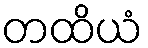
တထိယံ